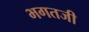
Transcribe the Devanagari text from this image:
भगतजी